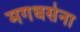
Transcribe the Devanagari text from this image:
मगधसेना